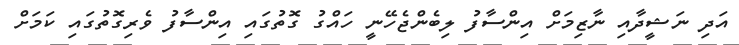
އަދި ނަޝީދާއި ނާޒިމަށް އިންސާފު ލިބެންޖެހޭނީ ހައްގު ގޮތުގައި އިންސާފު ވެރިގޮތުގައި ކަމަށް